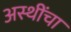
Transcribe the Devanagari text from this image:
अस्थींचा